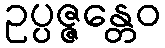
ဥပ္ပဇ္ဇန္တေဝ